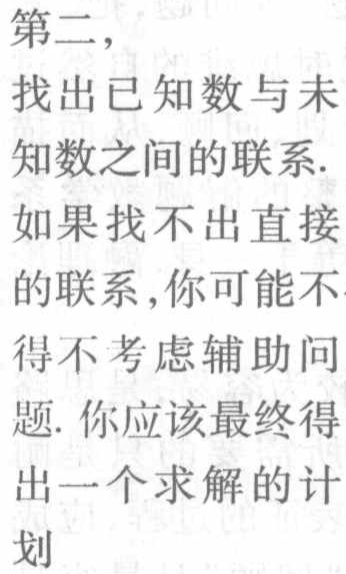
第二，
找出已知数与未
知数之间的联系.
如果找不出直接
的联系, 你可能不
得不考虑辅助问
题. 你应该最终得
出一个求解的计
划